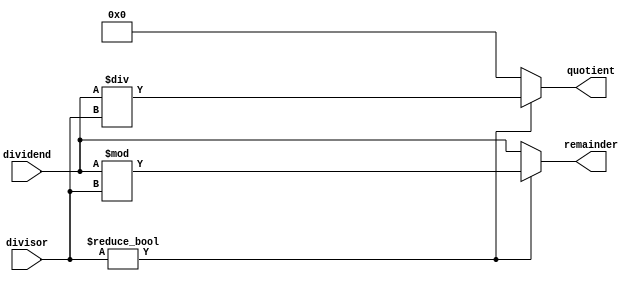
module Divider (
    input signed [31:0] dividend,
    input signed [31:0] divisor,
    output reg signed [31:0] quotient,
    output reg signed [31:0] remainder
);

always @(dividend, divisor)
begin
    if (divisor != 0)
    begin
        quotient <= dividend / divisor;
        remainder <= dividend % divisor;
    end
    else
    begin
        // Handle division by zero error
        quotient <= 32'h0; // Set quotient to zero
        remainder <= dividend; // Set remainder to dividend
    end
end

endmodule